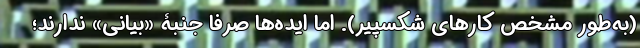
(به‌طور مشخص کارهای شکسپیر). اما ایده‌ها صرفاً جنبۀ «بیانی» ندارند؛